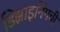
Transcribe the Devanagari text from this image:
डिझाइनिंगची